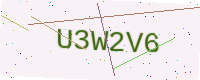
Text: U3W2V6